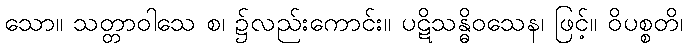
သော။ သတ္တာဝါသေ စ၊ ၌လည်းကောင်း။ ပဋိသန္ဓိဝသေန၊ ဖြင့်။ ဝိပစ္စတိ၊